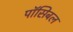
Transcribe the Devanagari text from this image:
पॉसिबल